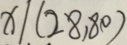
x \vert ( 2 8 , 8 0 )